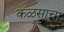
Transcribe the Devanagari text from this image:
कळसाचा